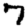
Digit: 7